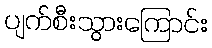
ပျက်စီးသွားကြောင်း